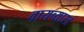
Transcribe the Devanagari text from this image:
वायव्‍यास्‍त्र